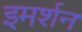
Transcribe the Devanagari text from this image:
इमर्शन